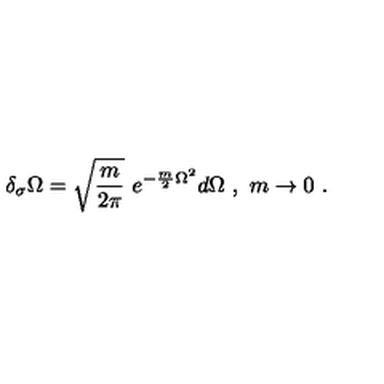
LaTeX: \delta _ { \sigma } \Omega = \sqrt { \frac { m } { 2 \pi } } \ e ^ { - \frac m 2 \Omega ^ { 2 } } d \Omega \ , \ m \rightarrow 0 \ .